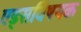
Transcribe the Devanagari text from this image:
एड्‌सविषयक